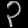
Digit: ၃